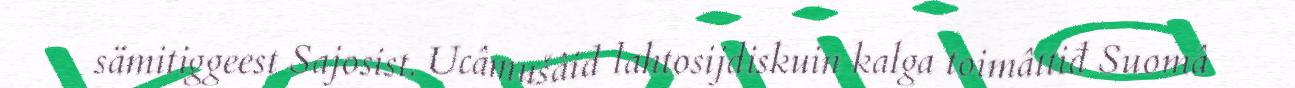
sämitiggeest Sajosist. Ucâmušâid lahtosijdiskuin kalga toimâttiđ Suomâ